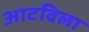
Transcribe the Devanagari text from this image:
आटविला